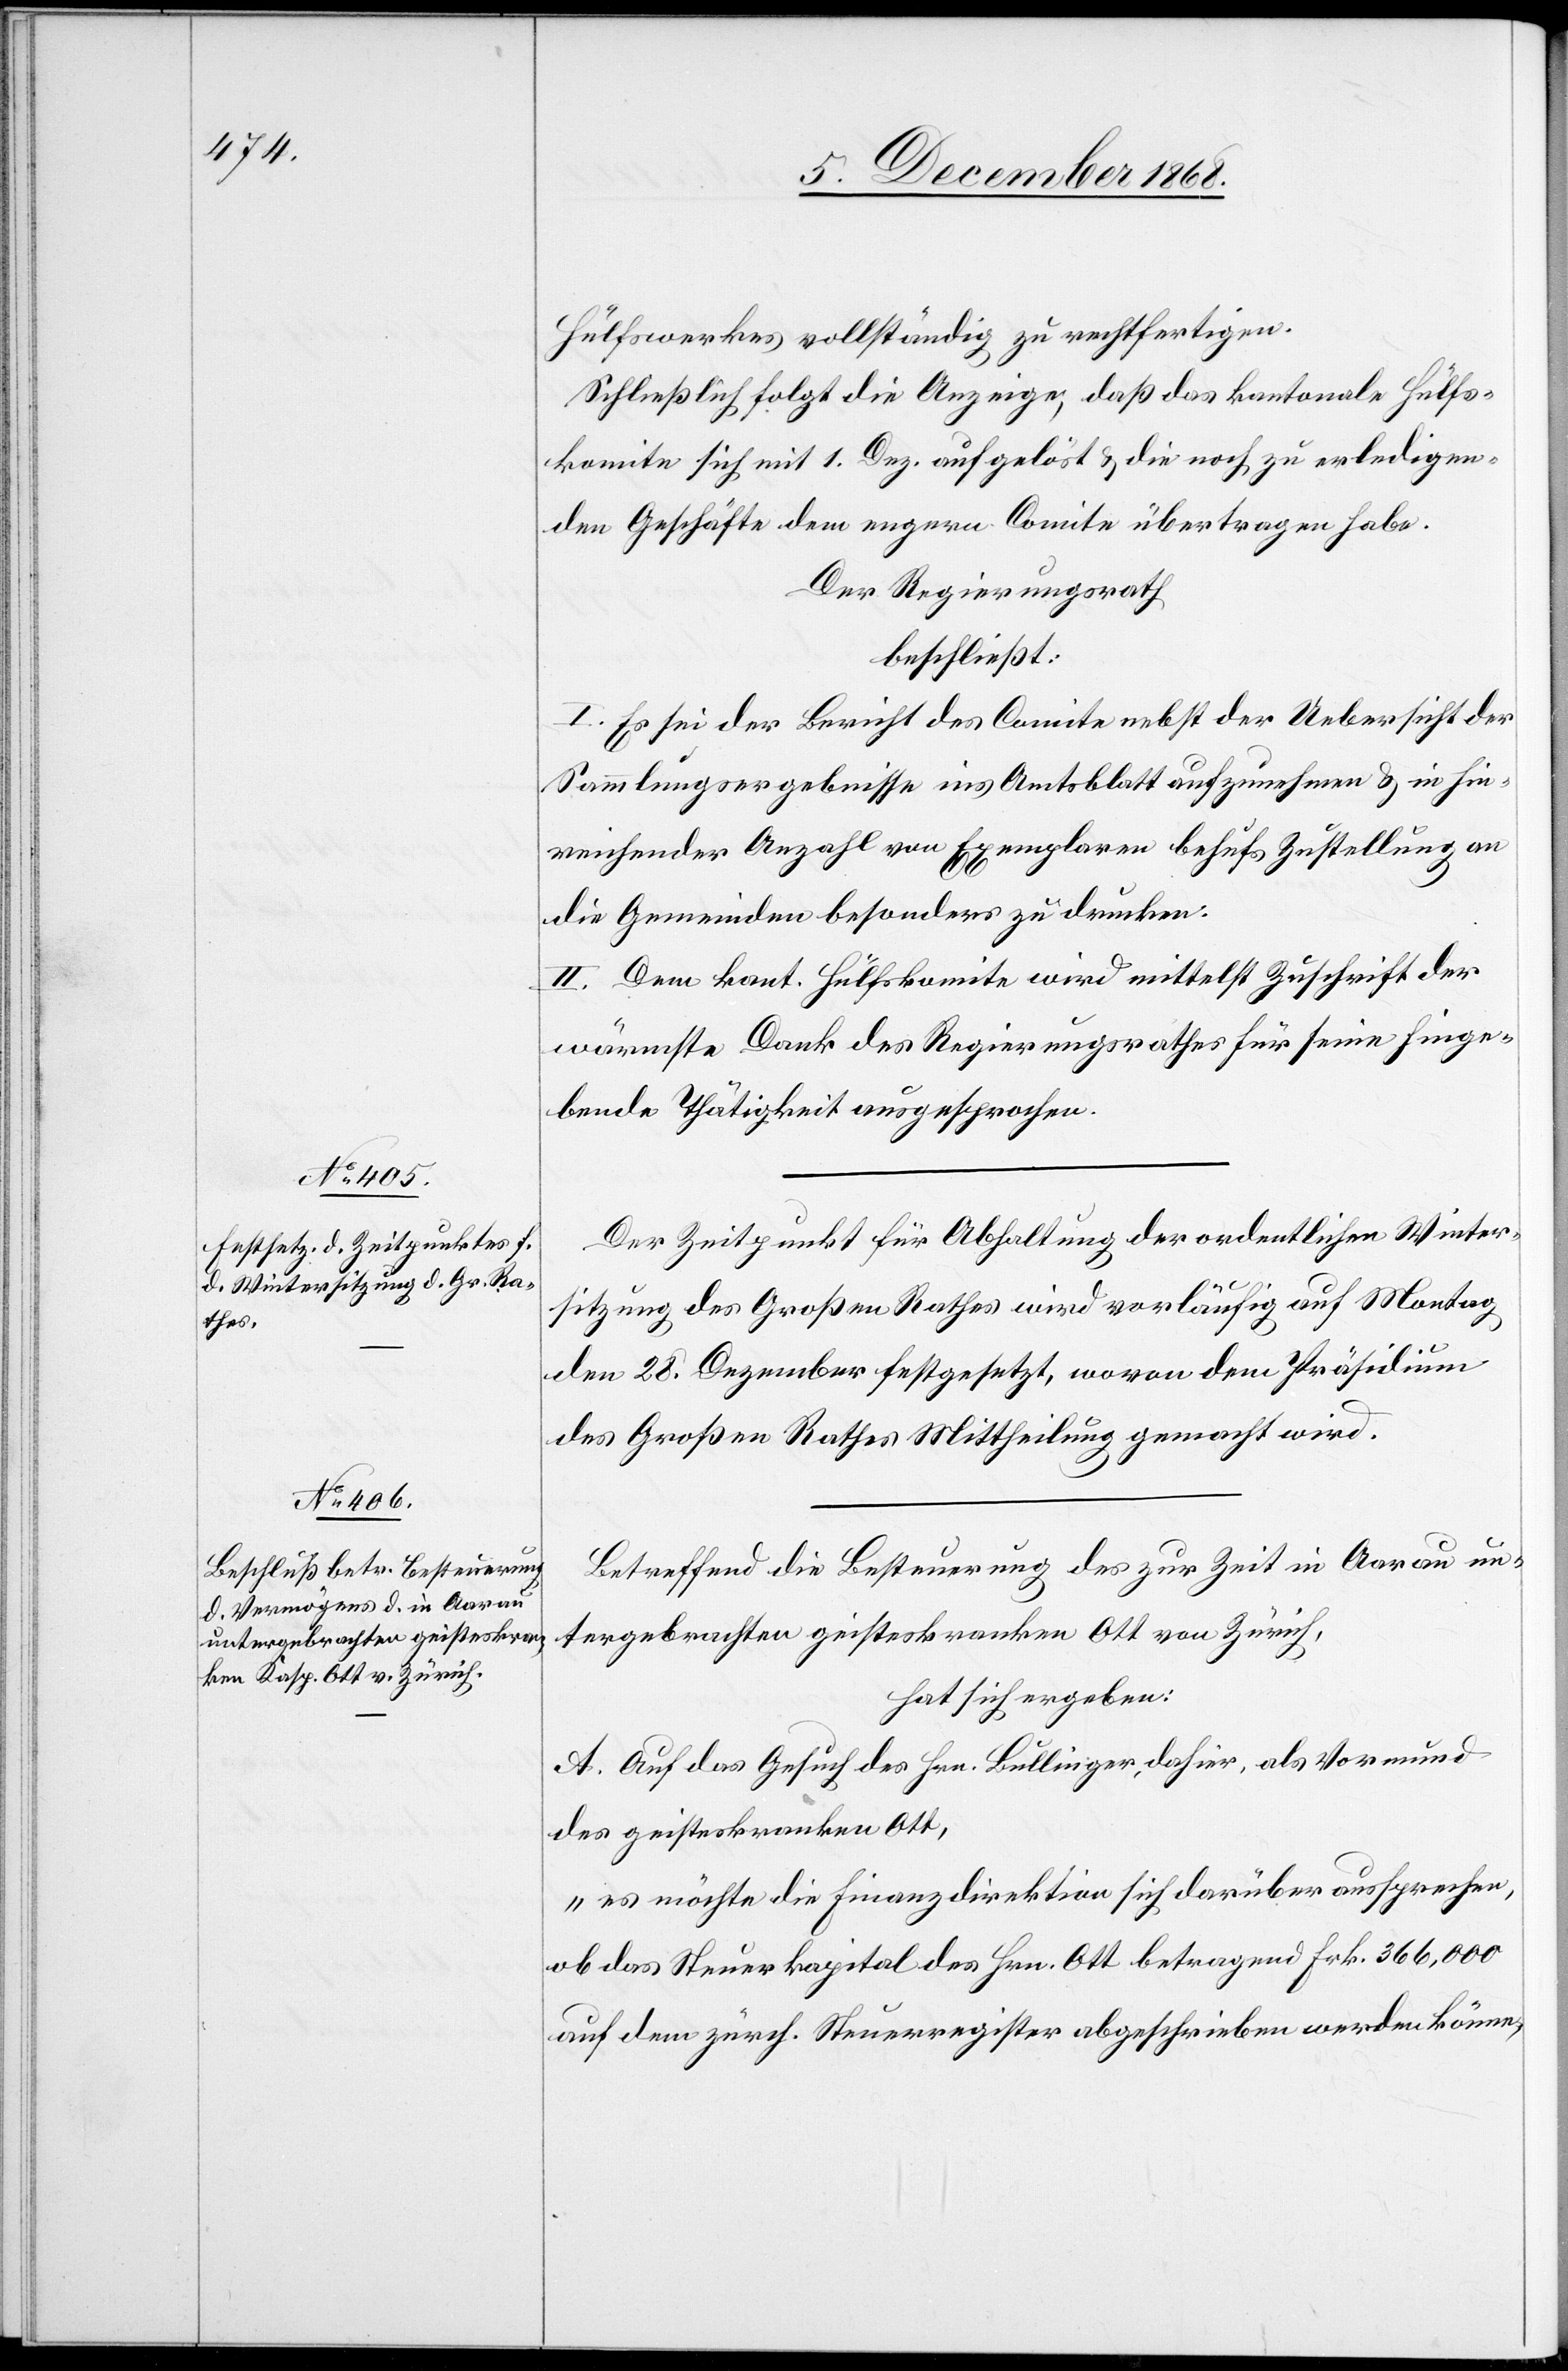
Hülfswerkes vollständig zu rechtfertigen.
Schließlich folgt die Anzeige, daß das kantonale Hülfs¬
komite sich mit 1. Dez. aufgelöst & die noch zu erledigen¬
den Geschäfte dem engern Comite übertragen habe.
Der Regierungsrath
beschließt:
I. Es sei der Bericht des Comite nebst der Uebersicht der
Sammlungsergebnisse ins Amtsblatt aufzunehmen & in hin¬
reichender Anzahl von Exemplaren behufs Zustellung an
die Gemeinden besonders zu drucken.
II. Dem kant. Hülfskomite wird mittelst Zuschrift der
wärmste Dank des Regierungsrathes für seine hinge¬
bende Thätigkeit ausgesprochen.
Der Zeitpunkt für Abhaltung der ordentlichen Winter¬
sitzung des Großen Rathes wird vorläufig auf Montag
den 28. Dezember festgesetzt, wovon dem Präsidium
des Großen Rathes Mittheilung gemacht wird.
Betreffend die Besteuerung des zur Zeit in Aarau un¬
tergebrachten geisteskranken Ott von Zürich,
hat sich ergeben:
A. Auf das Gesuch des Hrn. Bullinger, dahier, als Vormund
des geisteskranken Ott,
„es möchte die Finanzdirektion sich darüber aussprechen,
ob das Steuerkapital des Hrn. Ott betragend Frk. 366,000
auf dem zürch. Steuerregister abgeschrieben werden könne,